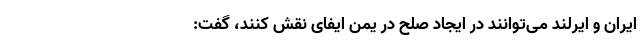
ایران و ایرلند می‌توانند در ایجاد صلح در یمن ایفای نقش کنند، گفت: